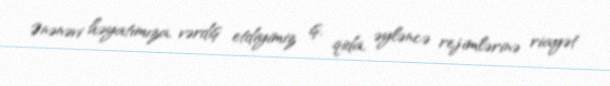
Ənənəvi həyatımıza, vərdiş etdiyimiz iş, qida, əyləncə rejimlərinə riayət